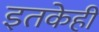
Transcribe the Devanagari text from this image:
इतकेही